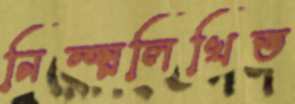
নিম্ন্নলিখিত